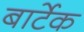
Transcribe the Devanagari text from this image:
बार्टेक